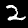
Digit: 2